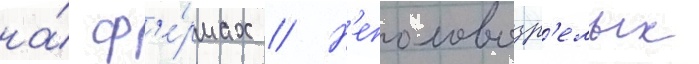
на́ ф'е́рмах // Н'еполовозр'елых